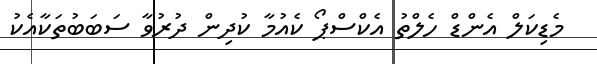
މެޑިކަލް އެންޑް ހެލްތު އެކްސްޕޯ ކެއުމާ ކުދިން ދުރުވާ ސަބަބުތަކާއެކު